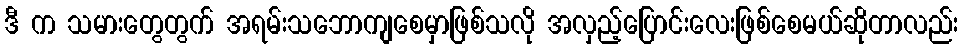
ဒီ က သမားတွေတွက် အရမ်းသဘောကျစေမှာဖြစ်သလို အလှည့်ပြောင်းလေးဖြစ်စေမယ်ဆိုတာလည်း